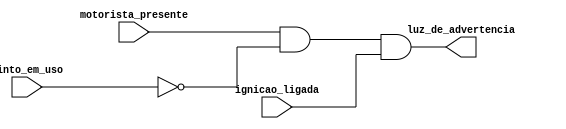
module alarme(input motorista_presente, cinto_em_uso, ignicao_ligada, output reg luz_de_advertencia);

    always @(motorista_presente or cinto_em_uso or ignicao_ligada) begin

        luz_de_advertencia <= (motorista_presente & (~cinto_em_uso) & ignicao_ligada);

    end

endmodule


module test;
    reg motorista, cinto, ignicao;
    wire luz;
    integer i;

    alarme a (.motorista_presente(motorista), .cinto_em_uso(cinto), .ignicao_ligada(ignicao), .luz_de_advertencia(luz));

    initial begin
        motorista <= 0;
        cinto <= 0;
        ignicao <= 0;

        $monitor("\nMotorista: %0b\t\tCinto: %0b\t\tIgnicao: %0b\t\tLuz de Advertencia: %0b\n", motorista, cinto, ignicao, luz);
        $dumpfile("alarm.vcd"); // Definindo o nome do arquivo para o gtkwave
        $dumpvars(0, test);

        for (i = 0; i < 8 ; i = i + 1) begin
            {motorista, cinto, ignicao} = i;
            #10;
        end

    end

endmodule